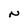
Character: N